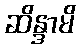
ဆိန္ဒာမိ